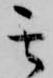
其